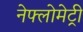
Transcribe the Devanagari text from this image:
नेफ्लोमेट्री